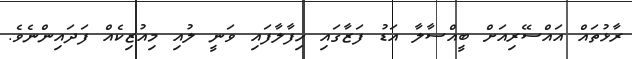
ރާޅުތައް އައްސޭރިއަށް ބީއްސާލާ އަޑު ފަޒާގައި ހިފާލާފައި ވަނީ ލުއި މިއުޒިކެއް ފަދައިންނެވެ.